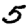
Digit: 5